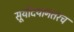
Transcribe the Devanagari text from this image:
सूर्योदयानंतरच